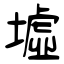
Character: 墟